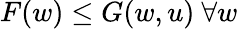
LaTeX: F(w)\leq G(w,u)\ \forall w